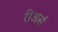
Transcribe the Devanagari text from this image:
रीअर्स